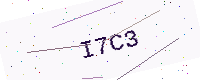
Text: I7C3